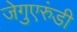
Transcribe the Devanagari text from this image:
जेगुएरुंडी